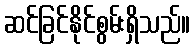
ဆင်ခြင်နိုင်စွမ်းရှိသည်။